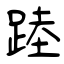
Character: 踛